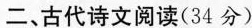
二、古代诗文阅读(34分)